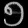
Digit: ၅